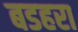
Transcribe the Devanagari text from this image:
बडहरा